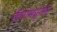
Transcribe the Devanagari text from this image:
कॅपामधूनच